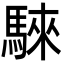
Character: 騋